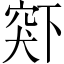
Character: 𬔋